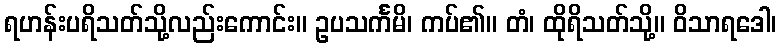
ရဟန်းပရိသတ်သို့လည်းကောင်း။ ဥပသင်္ကမိ၊ ကပ်၏။ တံ၊ ထိုရိသတ်သို့။ ဝိသာရဒေါ၊